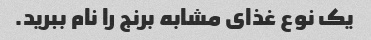
یک نوع غذای مشابه برنج را نام ببرید.